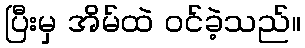
ပြီးမှ အိမ်ထဲ ဝင်ခဲ့သည်။